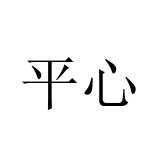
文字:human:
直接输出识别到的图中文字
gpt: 平心